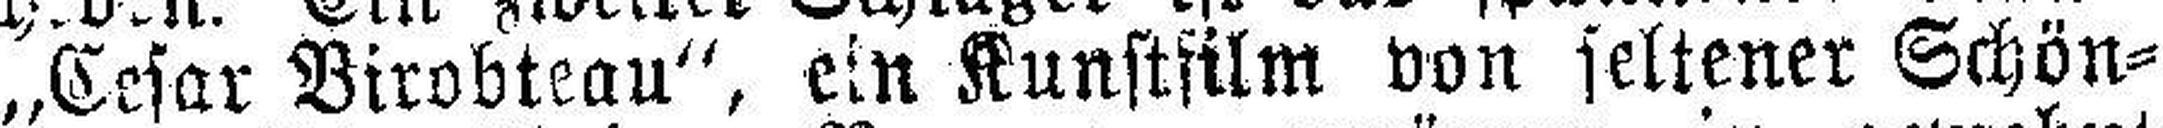
„Cesar Birobteau“, ein Kunstfilm von seltener Schön¬